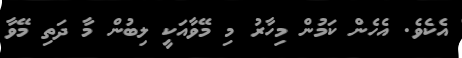
އެކެވެ. އެހެން ކަމުން މިހާރު މި މޭވާއަކީ ލިބުން މާ ދަތި މޭވާ